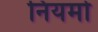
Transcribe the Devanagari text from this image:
नियमोँ